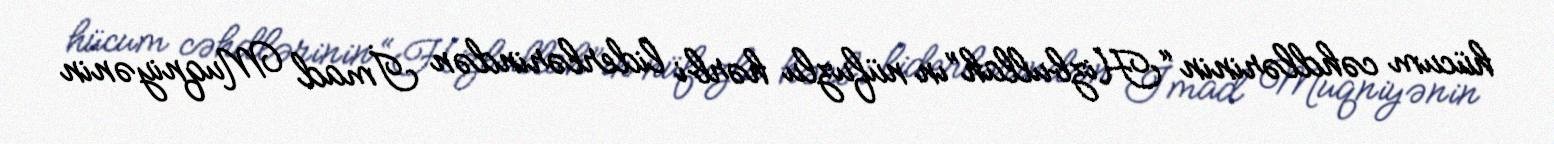
hücum cəhdlərinin “Hizbullah”ın nüfuzlu hərbi liderlərindən İmad Muqniyənin